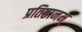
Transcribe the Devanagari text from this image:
प्रतिष्ठानम्